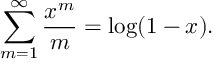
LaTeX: \sum _ { m = 1 } ^ { \infty } { \frac { x ^ { m } } { m } } = \log ( 1 - x ) .